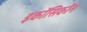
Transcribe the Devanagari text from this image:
इकॉसिकॉन